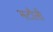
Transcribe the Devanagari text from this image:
मटौली